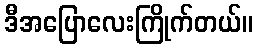
ဒီအပြောလေးကြိုက်တယ်။